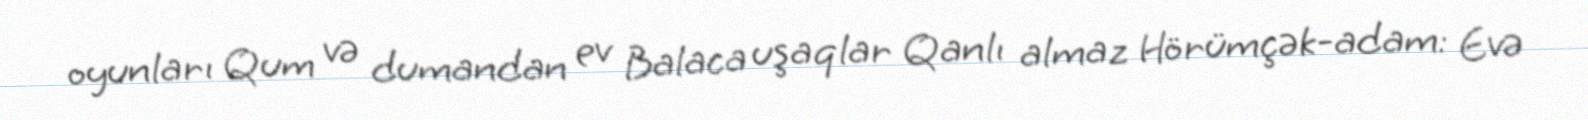
oyunları Qum və dumandan ev Balaca uşaqlar Qanlı almaz Hörümçək-adam: Evə